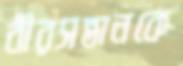
বীরসন্তানকে